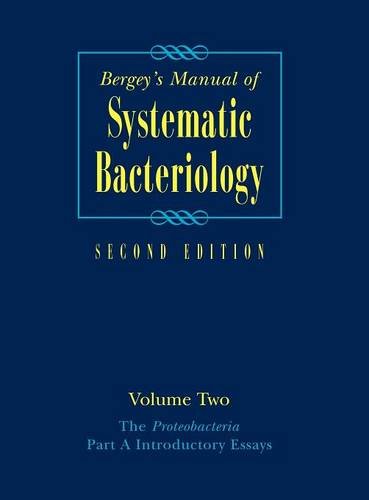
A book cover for Bergey's ManualÂ® of Systematic Bacteriology: Volume Two: The Proteobacteria, Part A Introductory Essays (Bergey's Manual of Systematic Bacteriology (Springer-Verlag)); Medical Books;